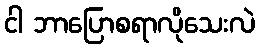
ငါ ဘာပြောစရာလိုသေးလဲ